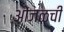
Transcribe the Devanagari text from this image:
ओंजळची